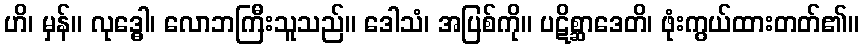
ဟိ၊ မှန်။ လုဒ္ဓေါ၊ လောဘကြီးသူသည်။ ဒေါသံ၊ အပြစ်ကို။ ပဋိစ္ဆာဒေတိ၊ ဖုံးကွယ်ထားတတ်၏။